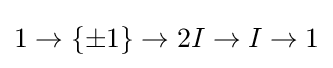
1\to \{\pm 1\}\to 2I\to I\to 1